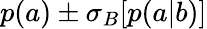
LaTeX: p(a)\pm\sigma_{B}[p(a|b)]